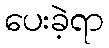
ပေးခဲ့ရာ